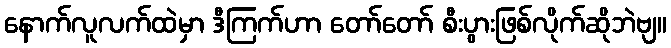
နောက်လူလက်ထဲမှာ ဒီကြက်ဟာ တော်တော် စီးပွားဖြစ်လိုက်ဆိုဘဲဗျ။